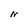
Character: N